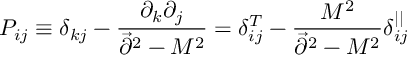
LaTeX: P _ { i j } \equiv \delta _ { k j } - { \frac { \partial _ { k } \partial _ { j } } { \vec { \partial } ^ { 2 } - M ^ { 2 } } } = \delta _ { i j } ^ { T } - { \frac { M ^ { 2 } } { \vec { \partial } ^ { 2 } - M ^ { 2 } } } \delta _ { i j } ^ { | | }